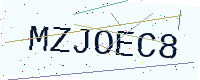
Text: MZJOEC8